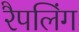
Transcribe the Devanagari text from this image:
रैपलिंग